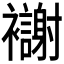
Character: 𫌗